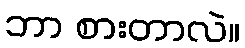
ဘာ စားတာလဲ။